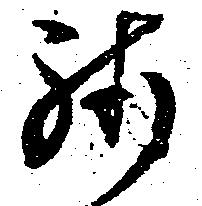
然